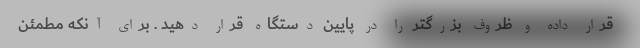
قرار داده و ظروف بزرگتر را در پایین دستگاه قرار دهید . برای آنکه مطمئن